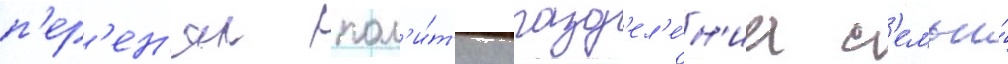
п'ер'ен'ял пол'и́т'ику разд'ел'е́н'иа с'емьи́